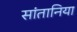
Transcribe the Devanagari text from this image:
सांतानिया